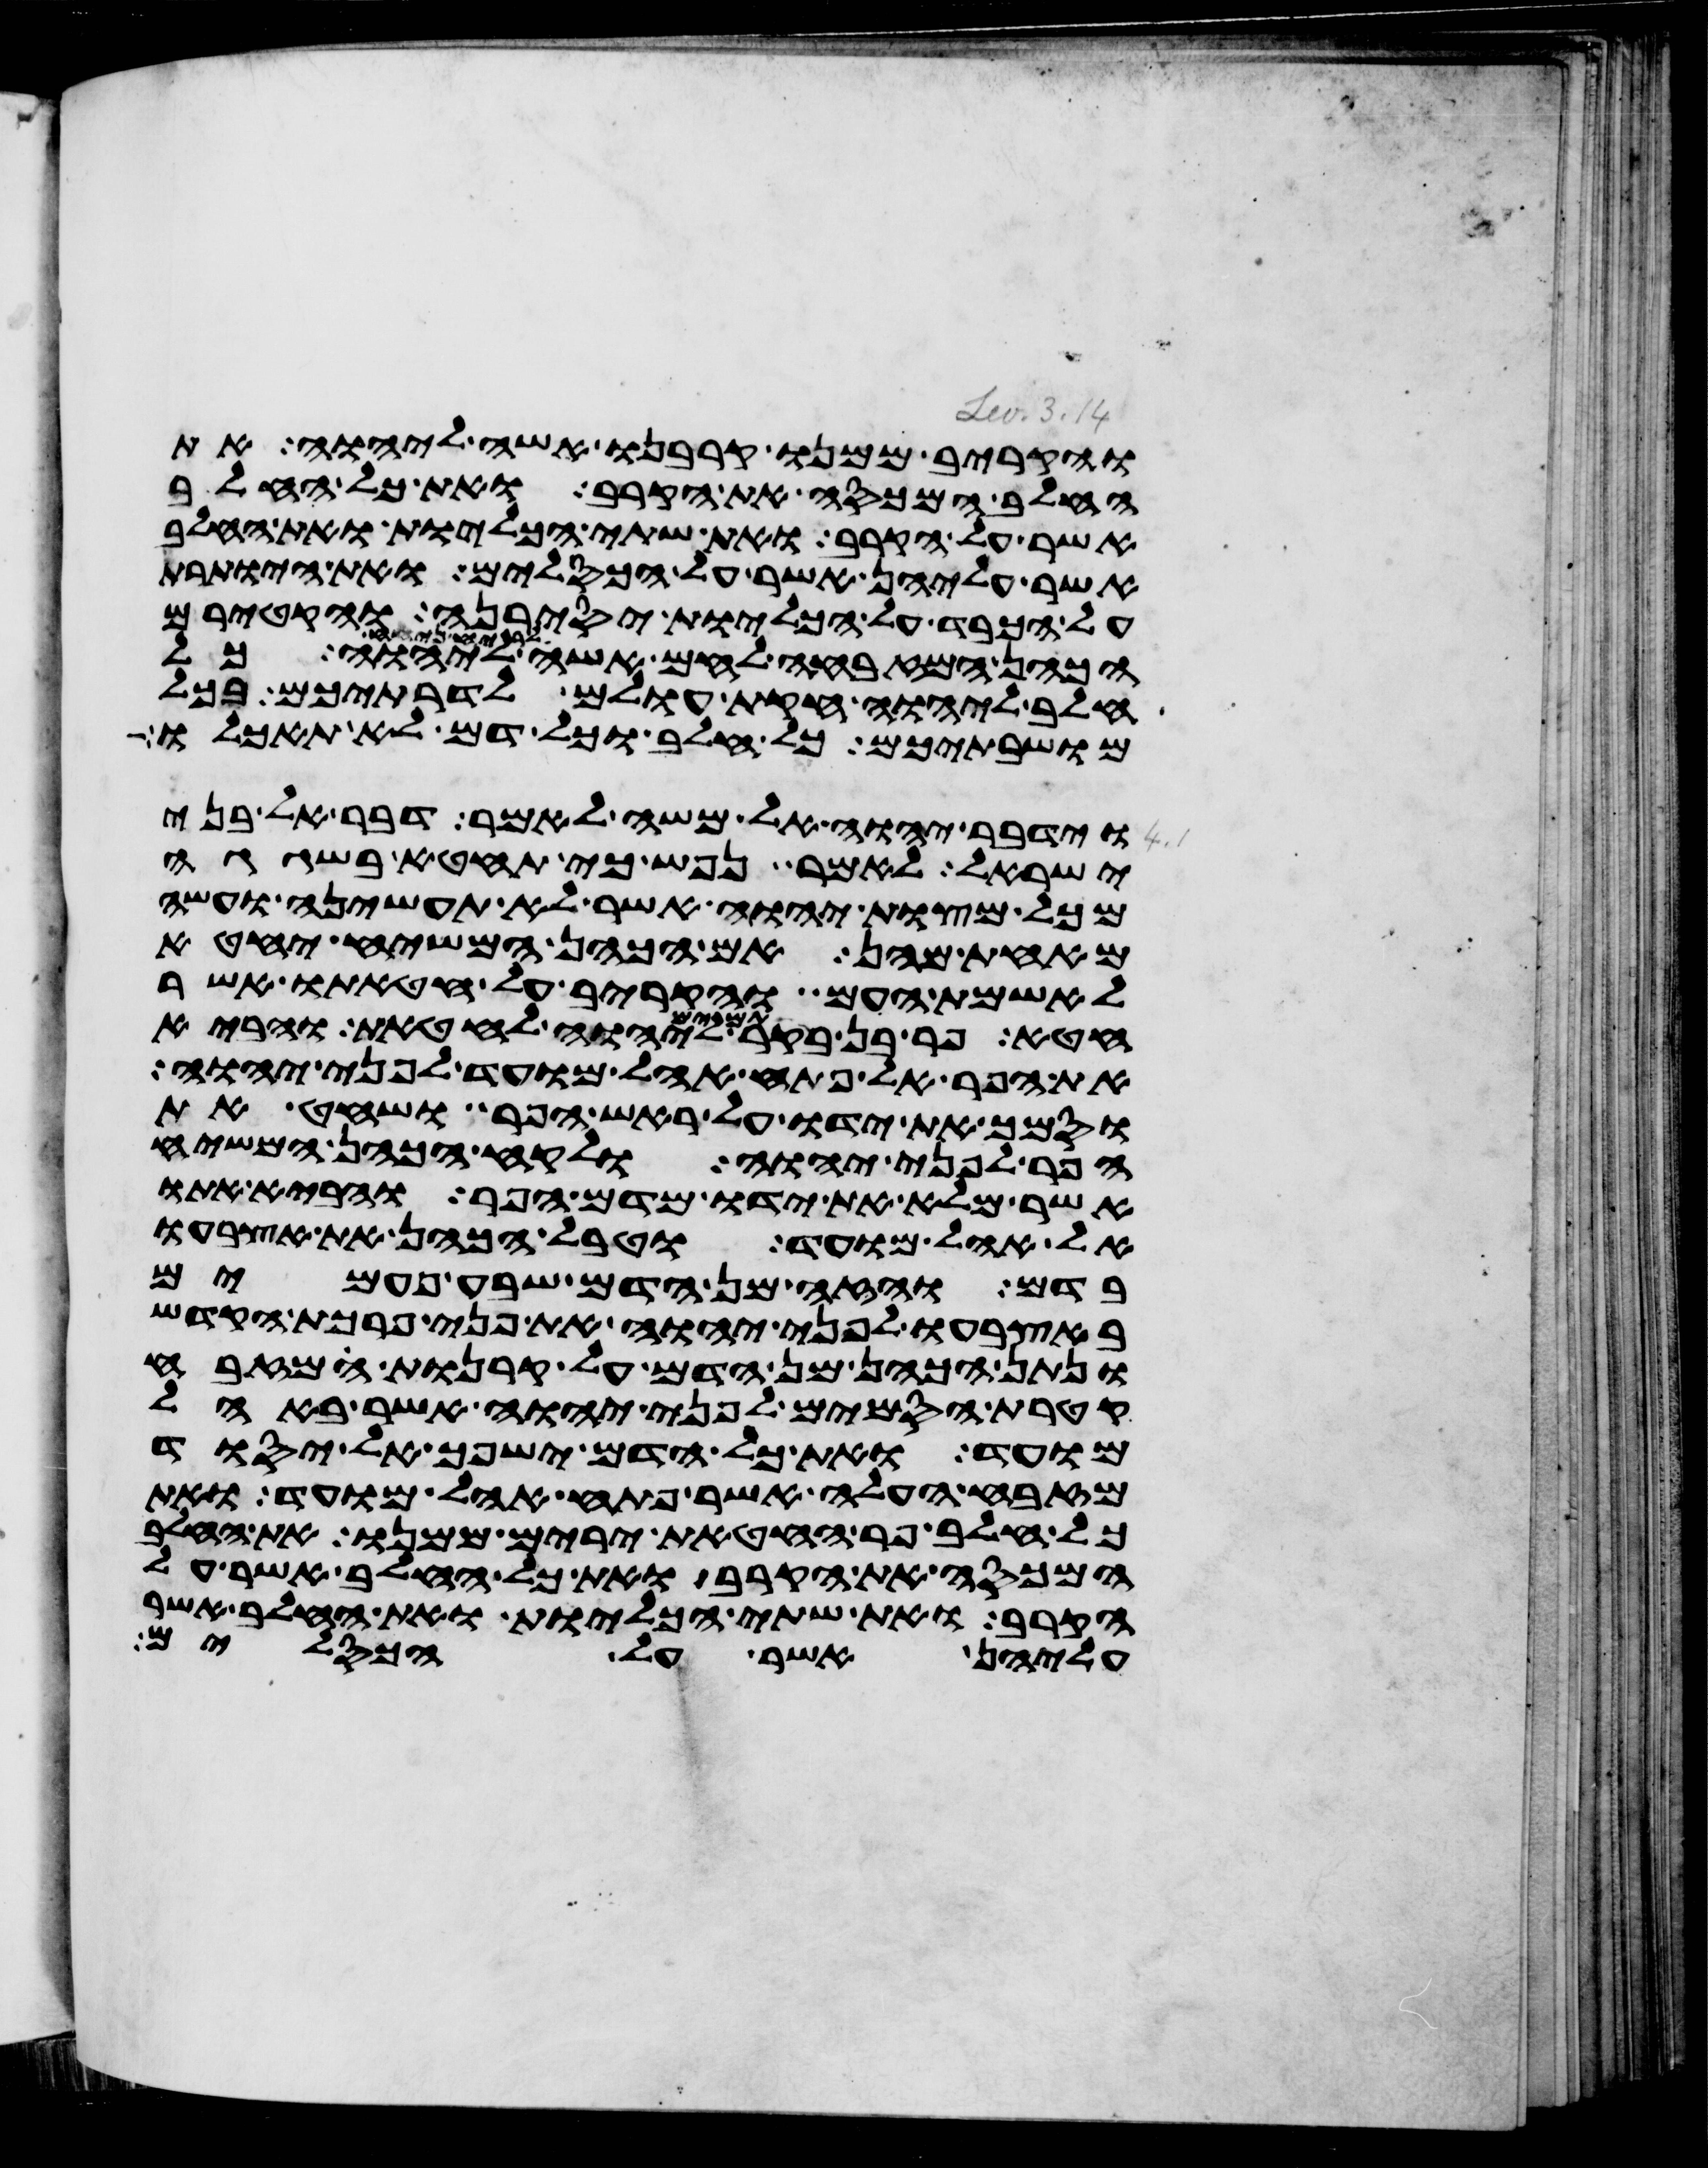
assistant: והקריב ממנו קרבנו אשה ליהוה את
החלב המכסה את הקרב ואת כל החלב
אשר על הקרב ואת שתי הכליות ואת החלב
אשר עליהן אשר על הכסלים ואת היותרת
על הכבד על הכליות יסירנה והקטירם
הכהן המזבחה לחם אשה ליהוה
חלב ליהוה חקת עולם לדרתיכם בכל
מושבתיכם כל חלב וכל דם לא תאכלו
וידבר יהוה אל משה לאמר דבר אל בני
ישראל לאמר נפש כי תחטא בשגגה
מכל מצות יהוה אשר לא תעשיהן ועשה
מאחת מהן אם הכהן המשיח יחטא
לאשמת העם והקריב על חטאתו אשר
חטא פר בן בקר תמים ליהוה לחטאת והביא
את הפר אל פתח אהל מועד לפני יהוה
וסמך את ידו על ראש הפר ושחט את
הפר לפני יהוה ולקח הכהן המשיח
אשר מלא את ידו מדם הפר והביא אתו
אל אהל מועד וטבל הכהן את אצבעו
בדם והזה מן הדם שבע פעמים
באצבעו לפני יהוה את פני פרכת הקדש
ונתן הכהן מן הדם על קרנות המזבח
קטרת הסמים לפני יהוה אשר באהל
מועד ואת כל הדם ישפך אל יסוד
מזבח העלה אשר פתח אהל מועד ואת
כל חלב פר החטאת ירים ממנו את החלב
המכסה את הקרב ואת כל החלב אשר על
הקרב ואת שתי הכליות ואת החלב אשר
עליהן אשר על הכסלים